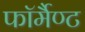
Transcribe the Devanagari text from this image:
फॉर्मैण्ट